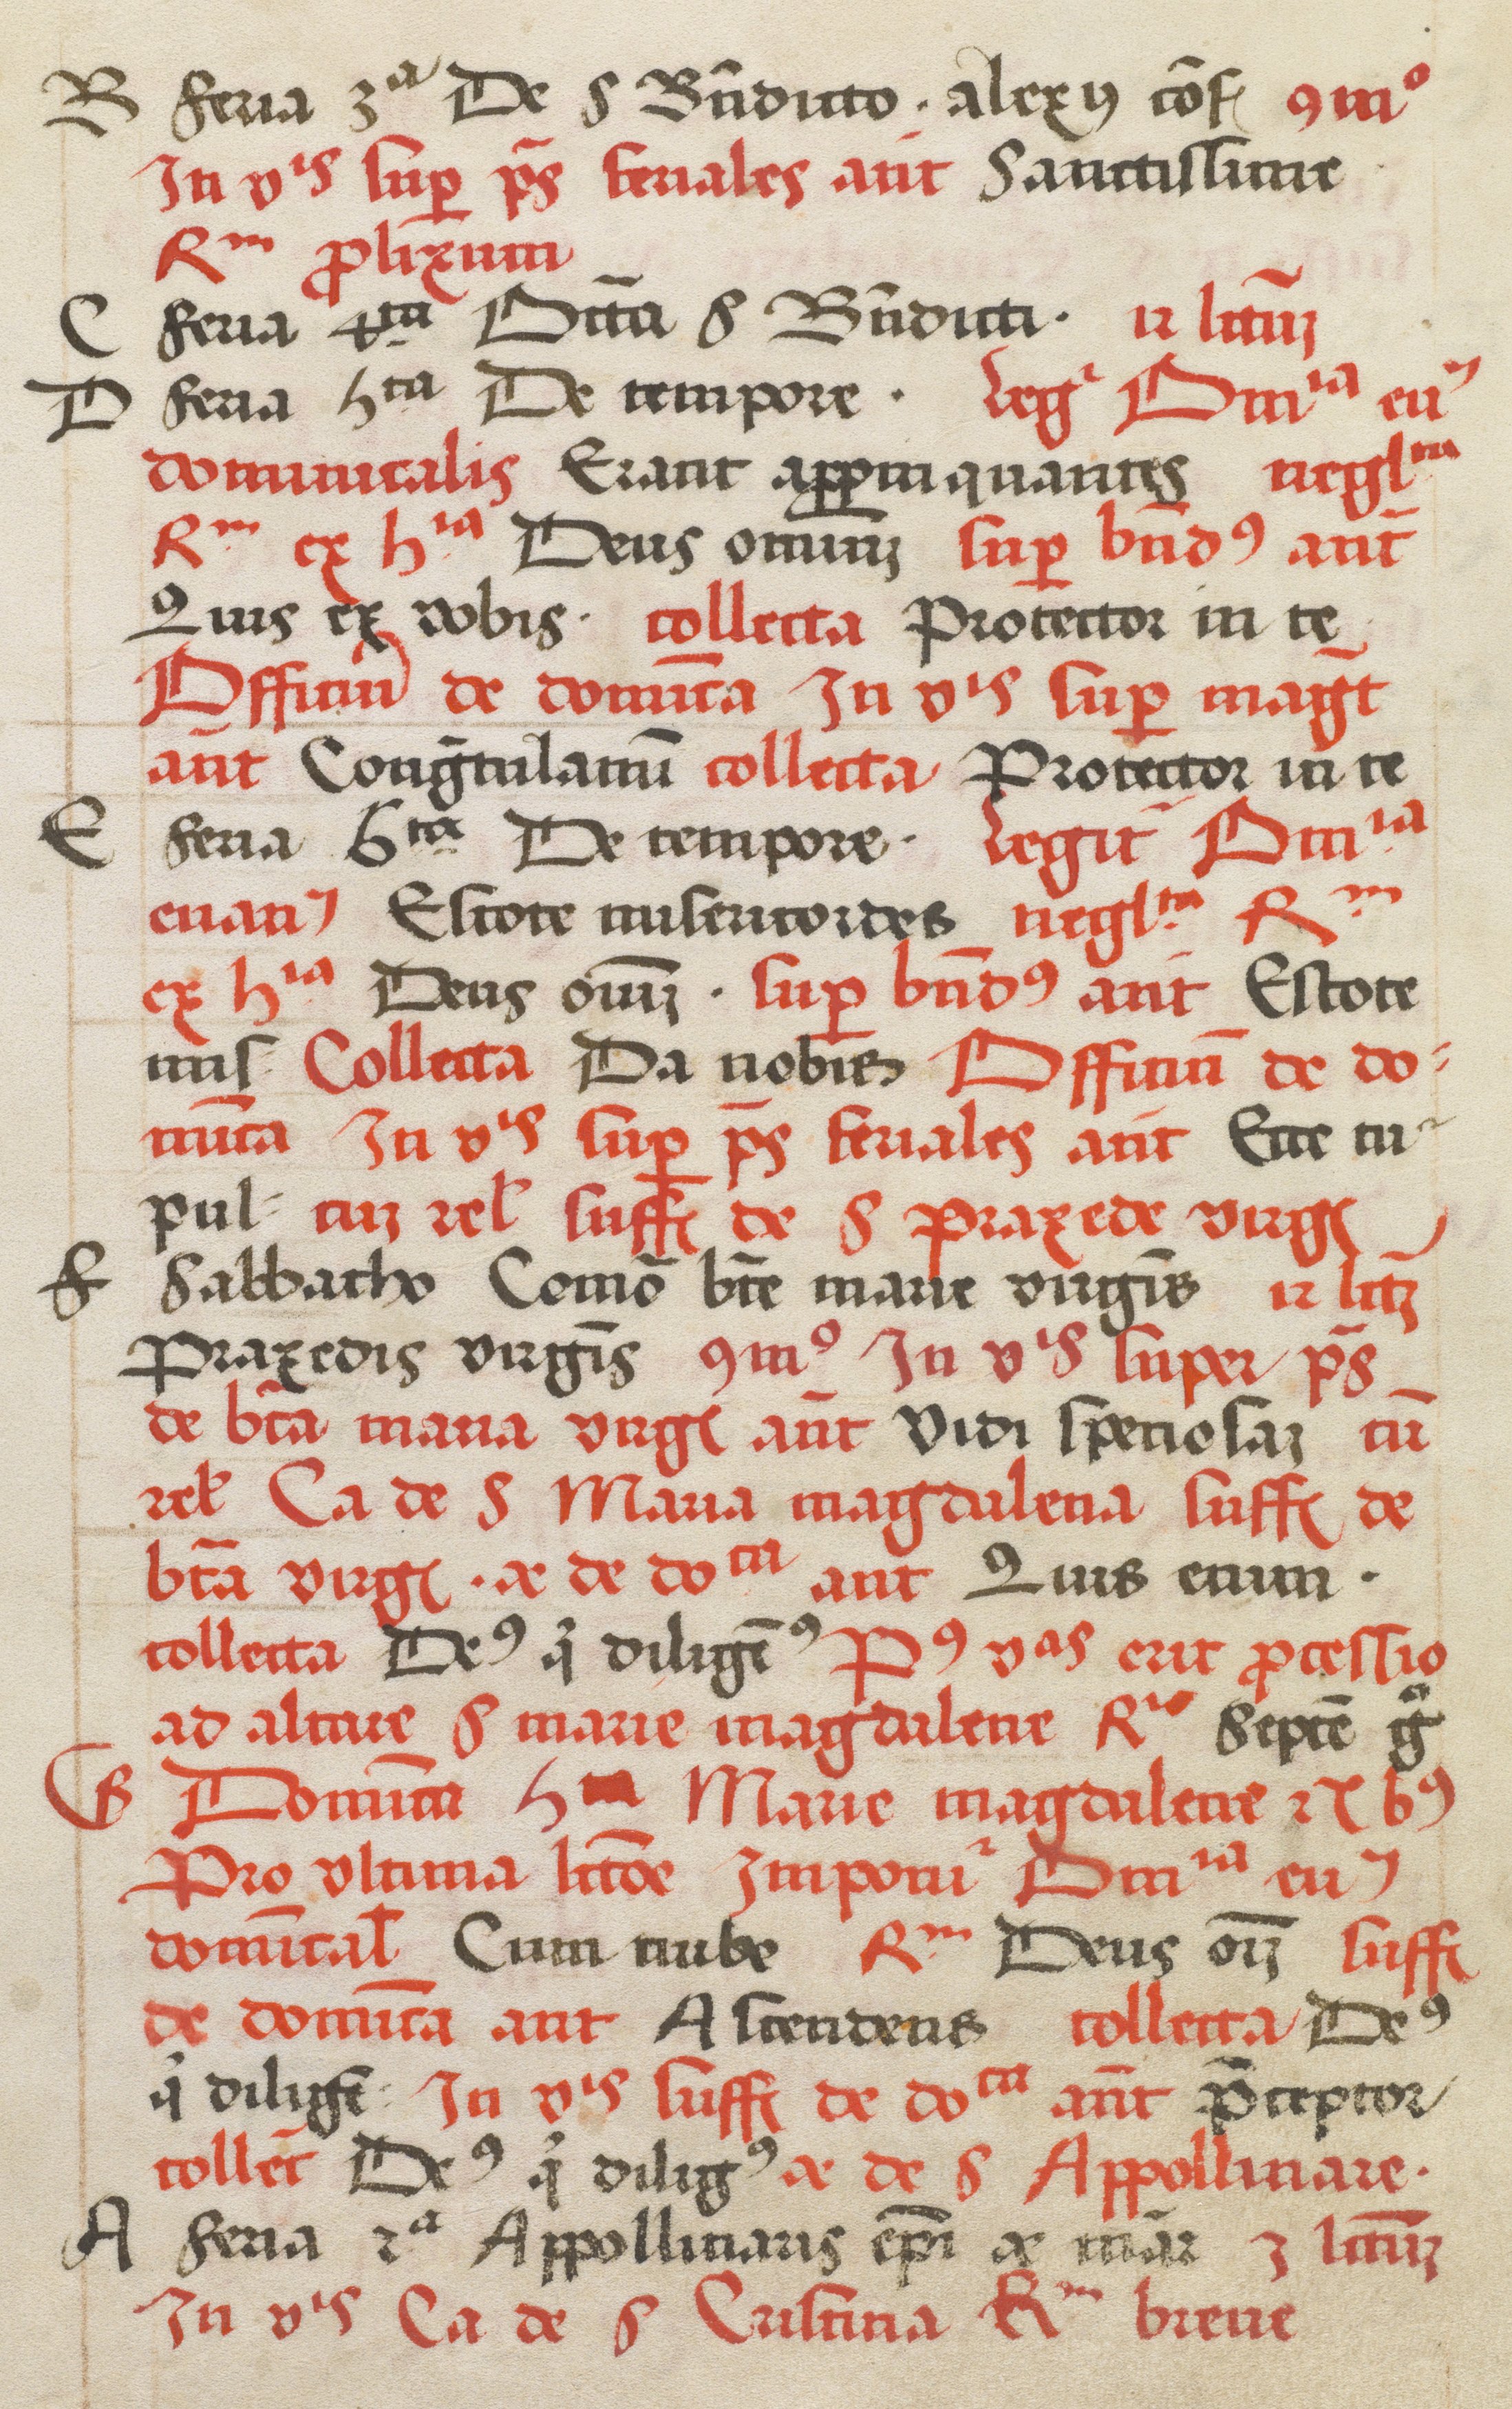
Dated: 1520–1520